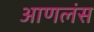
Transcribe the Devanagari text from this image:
आणलंस